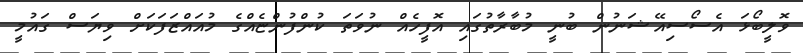
ވޮލީބޯޅަ އެސޯސިއޭޝަނުން ބުނީ މުބާރާތުގައި އޮފީހެއް ނުވަތަ ކުންފުންޏެއްގެ މުއައްޒަފަކަށް ވިޔަސް ގައުމީ